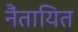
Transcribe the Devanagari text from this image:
नैंतायित